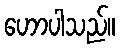
ဟောပါသည်။